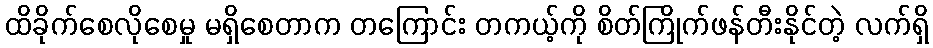
ထိခိုက်စေလိုစေမှု မရှိစေတာက တကြောင်း တကယ့်ကို စိတ်ကြိုက်ဖန်တီးနိုင်တဲ့ လက်ရှိ